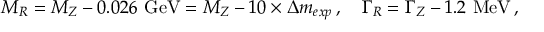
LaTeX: M _ { R } = M _ { Z } - 0 . 0 2 6 \ \mathrm { G e V } = M _ { Z } - 1 0 \times \Delta m _ { e x p } \, , \quad \Gamma _ { R } = \Gamma _ { Z } - 1 . 2 \ \mathrm { M e V } \, ,